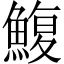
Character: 鰒